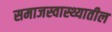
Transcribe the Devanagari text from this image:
समाजस्वास्थ्यातील